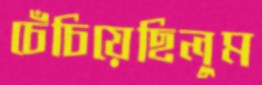
চেঁচিয়েছিলুম